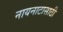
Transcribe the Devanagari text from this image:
नायनाटासाठी